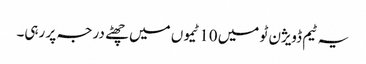
یہ ٹیم ڈویژن ٹو میں 10 ٹیموں میں چھٹے درجہ پر رہی۔